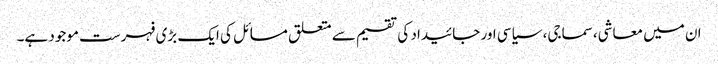
ان میں معاشی، سماجی، سیاسی اور جائیداد کی تقسیم سے متعلق مسائل کی ایک بڑی فہرست موجود ہے۔